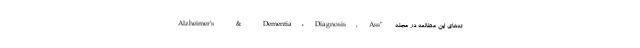
ته‌های این مطالعه در مجله "Alzheimer's & Dementia: Diagnosis, Ass